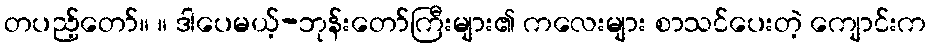
တပည့်တော်။ ။ ဒါပေမယ့်-ဘုန်းတော်ကြီးများ၏ ကလေးများ စာသင်ပေးတဲ့ ကျောင်းက